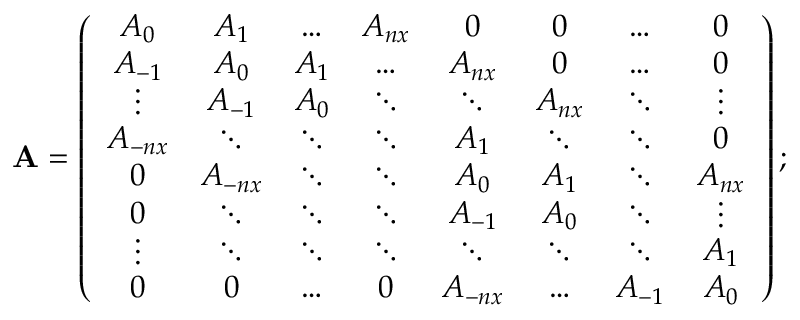
\mathbf { A } = \left( \begin{array} { c c c c c c c c } { A _ { 0 } } & { A _ { 1 } } & { \ldots } & { A _ { n x } } & { 0 } & { 0 } & { \ldots } & { 0 } \\ { A _ { - 1 } } & { A _ { 0 } } & { A _ { 1 } } & { \ldots } & { A _ { n x } } & { 0 } & { \ldots } & { 0 } \\ { \vdots } & { A _ { - 1 } } & { A _ { 0 } } & { \ddots } & { \ddots } & { A _ { n x } } & { \ddots } & { \vdots } \\ { A _ { - n x } } & { \ddots } & { \ddots } & { \ddots } & { A _ { 1 } } & { \ddots } & { \ddots } & { 0 } \\ { 0 } & { A _ { - n x } } & { \ddots } & { \ddots } & { A _ { 0 } } & { A _ { 1 } } & { \ddots } & { A _ { n x } } \\ { 0 } & { \ddots } & { \ddots } & { \ddots } & { A _ { - 1 } } & { A _ { 0 } } & { \ddots } & { \vdots } \\ { \vdots } & { \ddots } & { \ddots } & { \ddots } & { \ddots } & { \ddots } & { \ddots } & { A _ { 1 } } \\ { 0 } & { 0 } & { \ldots } & { 0 } & { A _ { - n x } } & { \ldots } & { A _ { - 1 } } & { A _ { 0 } } \end{array} \right) ;